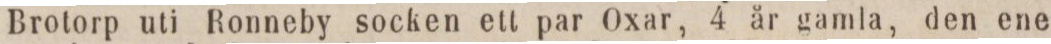
Brotorp uti Ronneby socken ett par Oxar, 4 år gamla, den ene